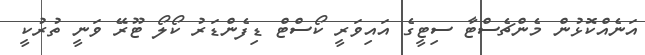
އަނެއްކޮޅުން މެންޗެސްޓާ ސިޓީގެ އައިވަރީ ކޯސްޓް ޑިފެންޑަރު ކޯލޯ ޓޫރޭ ވަނީ ތުރުކީ